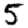
Digit: 5